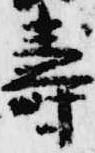
寿